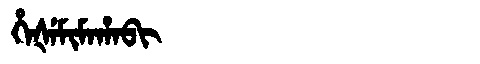
Manchu: ᡥᡝᡧᡝᠮᡳᠮᠠᡥᠠᠪᡳ
Romanization: HEŠEMIMAHABI